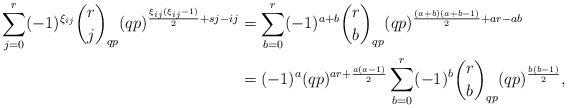
LaTeX: \begin{align*}\sum_{j=0}^r (-1)^{\xi_{ij}} \binom{r}{j}_{qp} (qp)^{\frac{\xi_{ij}(\xi_{ij}-1)}{2}+sj-ij}& = \sum_{b=0}^r (-1)^{a+b} \binom{r}{b}_{qp} (qp)^{\frac{(a+b)(a+b-1)}{2}+ar-ab}\\& = (-1)^a (qp)^{ar + \frac{a(a-1)}{2}} \sum_{b=0}^r (-1)^b \binom{r}{b}_{qp} (qp)^{\frac{b(b-1)}{2}},\end{align*}